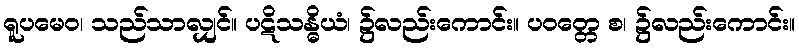
ရူပမေဝ၊ သည်သာလျှင်။ ပဋိသန္ဓိယံ၊ ၌လည်းကောင်း။ ပဝတ္တေ စ၊ ၌လည်းကောင်း။